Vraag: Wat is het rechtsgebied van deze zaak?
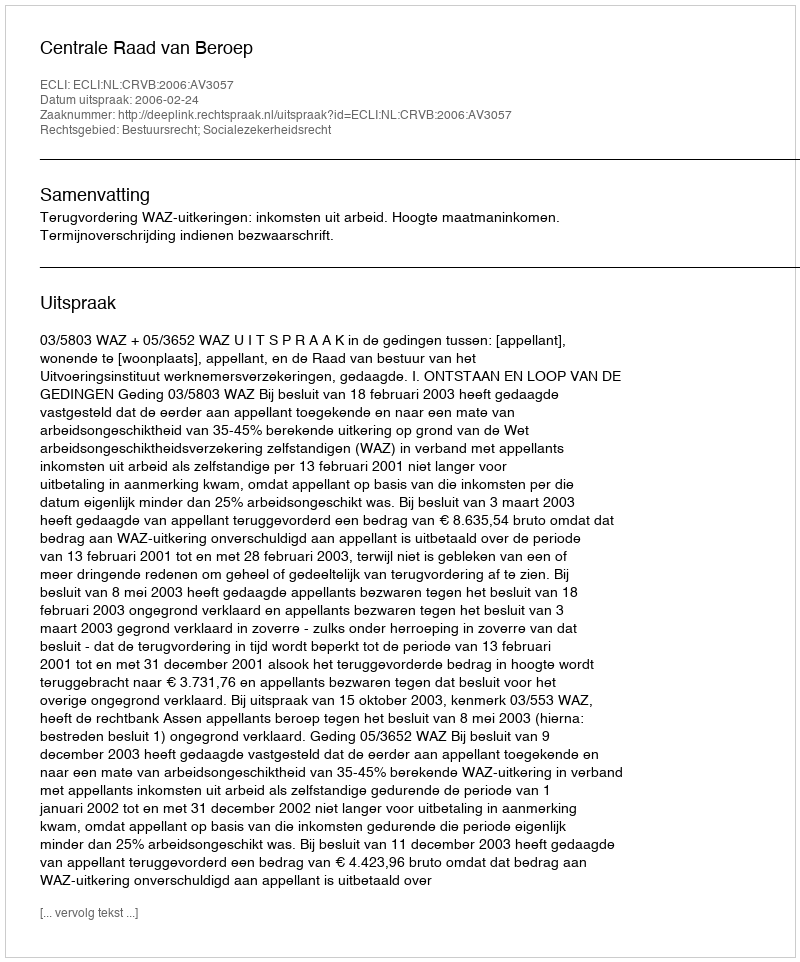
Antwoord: Bestuursrecht; Socialezekerheidsrecht